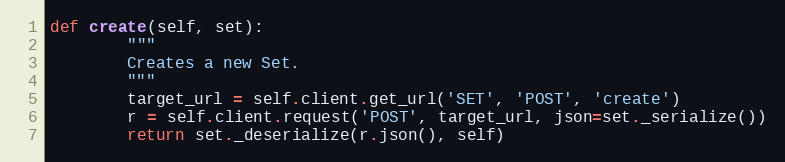
Language: Python
def create(self, set):
        """
        Creates a new Set.
        """
        target_url = self.client.get_url('SET', 'POST', 'create')
        r = self.client.request('POST', target_url, json=set._serialize())
        return set._deserialize(r.json(), self)